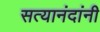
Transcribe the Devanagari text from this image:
सत्यानंदांनी